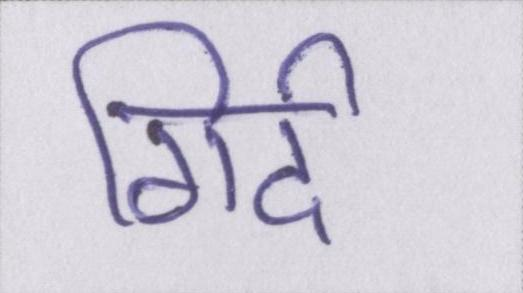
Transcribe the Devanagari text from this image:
गिर्द